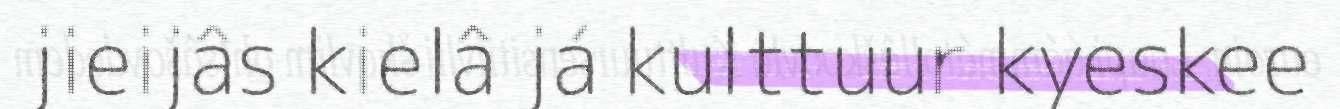
jieijâs kielâ já kulttuur kyeskee